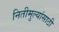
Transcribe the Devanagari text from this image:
नितीमुल्यांसाठी